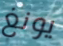
يونغ